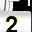
Digit: 2